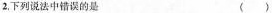
2.下列说法中错误的是 （ ）